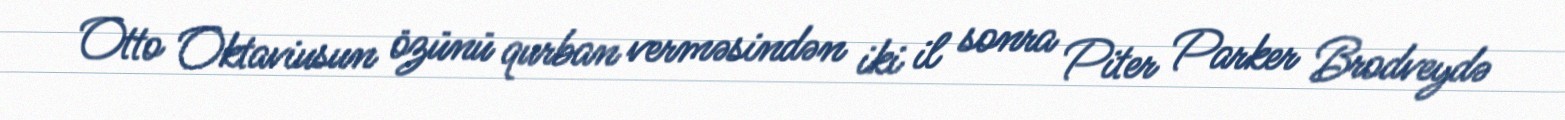
Otto Oktaviusun özünü qurban verməsindən iki il sonra Piter Parker Brodveydə